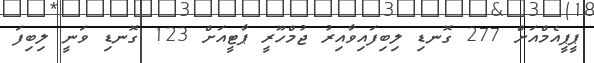
ޕީޕީއެމްއަށް 277 ގޮނޑި ލިބިފައިވާއިރު ޖުމްހޫރީ ޕާޓީއަށް 123 ގޮނޑި ވަނީ ލިބިފަ